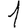
Digit: 1